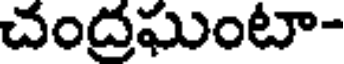
చంద్రఘుంటా-